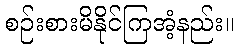
စဉ်းစားမိနိုင်ကြအံ့နည်း။